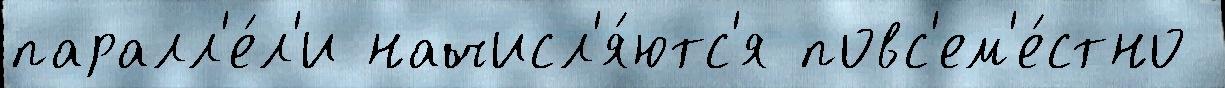
паралл'е́л'и начисл'я́ютс'я повс'ем'е́стно